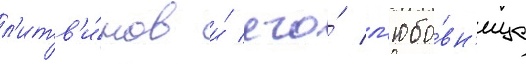
л'итв'и́нов и́ его́ л'юбо́вн'ица